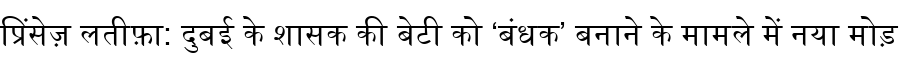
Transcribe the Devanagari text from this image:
प्रिंसेज़ लतीफ़ा: दुबई के शासक की बेटी को ‘बंधक’ बनाने के मामले में नया मोड़